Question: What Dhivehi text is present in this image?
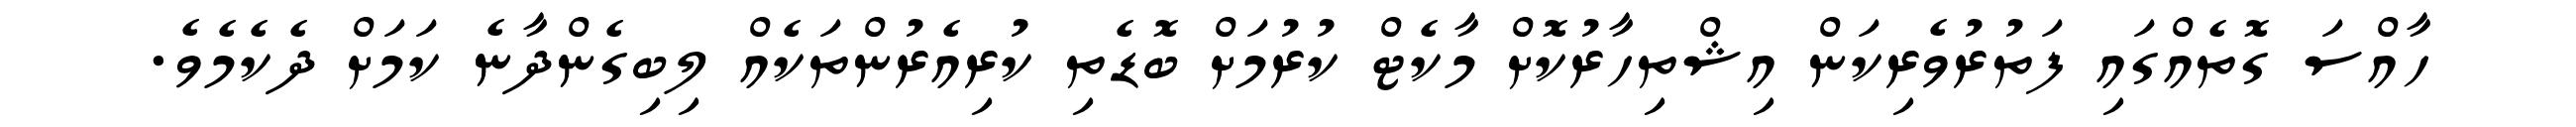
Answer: ހާއްސަ ގޮތެއްގައި ފަތުރުވެރިކަން އިޝްތިހާރުކޮށް މާކެޓް ކުރުމަށް ބޮޑެތި ކުރިއެރުންތަކެއް ލިބިގެންދާނެ ކަމަށް ދެކެމެވެ.